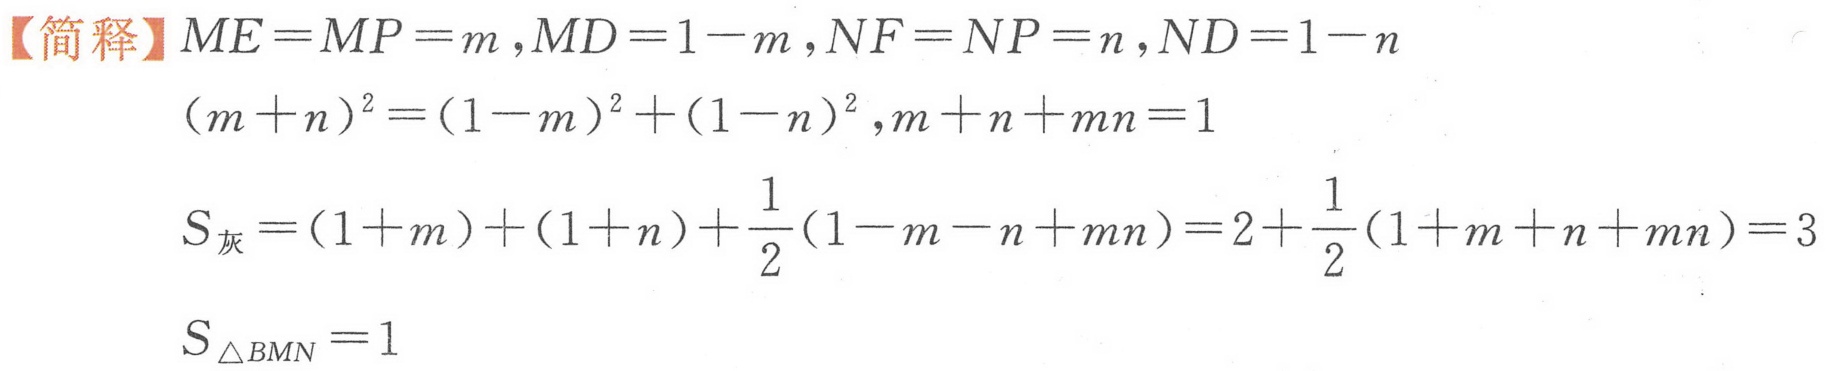
【简释】$ME = MP = m ,MD = 1 - m ,NF = NP = n ,ND = 1 - n$
\[(m + n)^2 = (1 - m)^2 + (1 - n)^2 ,m + n + mn = 1\]
\[S_{灰}=(1 + m)+(1 + n)+\frac{1}{2}(1 - m - n + mn)=2+\frac{1}{2}(1 + m + n + mn)=3\]
\[S_{\triangle BMN}=1\]